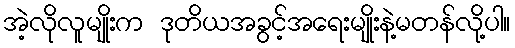
အဲ့လိုလူမျိုးက ဒုတိယအခွင့်အရေးမျိုးနဲ့မတန်လို့ပါ။